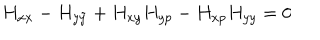
H _ { x x } - H _ { y \tilde { y } } + H _ { x y } H _ { y p } - H _ { x p } H _ { y y } = 0